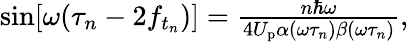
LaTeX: \begin{array}{r}{\sin[\omega(\tau_{n}-2f_{t_{n}})]=\frac{n\hbar\omega}{4U_{\mathrm{p}}\alpha(\omega\tau_{n})\beta(\omega\tau_{n})},}\end{array}